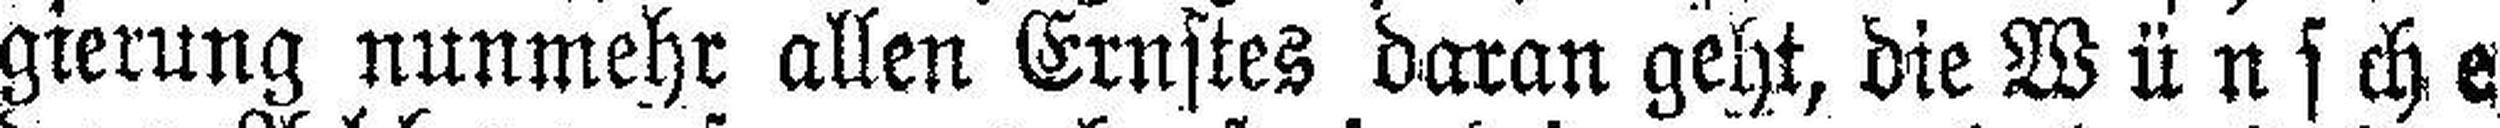
gierung nunmehr allen Ernstes daran geht, die Wünsche